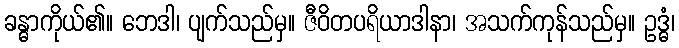
ခန္ဓာကိုယ်၏။ ဘေဒါ၊ ပျက်သည်မှ။ ဇီဝိတပရိယာဒါနာ၊ အသက်ကုန်သည်မှ။ ဥဒ္ဓံ၊